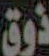
ذوق